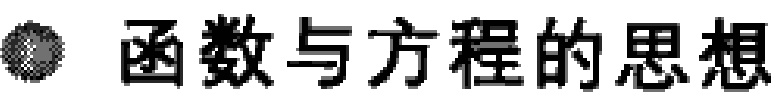
\documentclass{article}
\begin{document}
函数与方程的思想
\end{document}